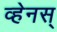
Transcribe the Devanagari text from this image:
व्हेनस्